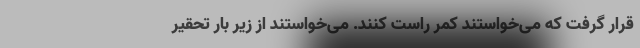
قرار گرفت که می‌خواستند کمر راست کنند. می‌خواستند از زیر بار تحقیر